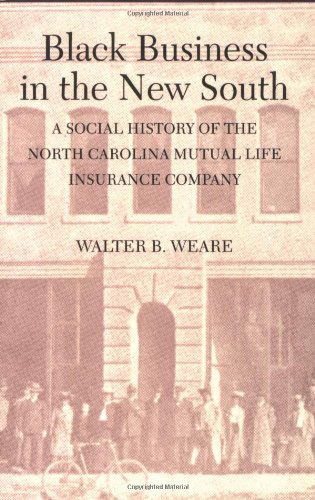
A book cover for Black Business in the New South: A Social History of the NC Mutual Life Insurance Company; Walter B. Weare; Business & Money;